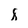
Character: 8